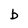
Character: b